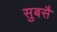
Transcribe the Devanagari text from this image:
सुबसै